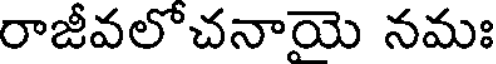
రాజీవలోచనాయె నమః